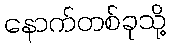
နောက်တစ်ခုသို့